Malarial fevers
Disease focus: Malaria
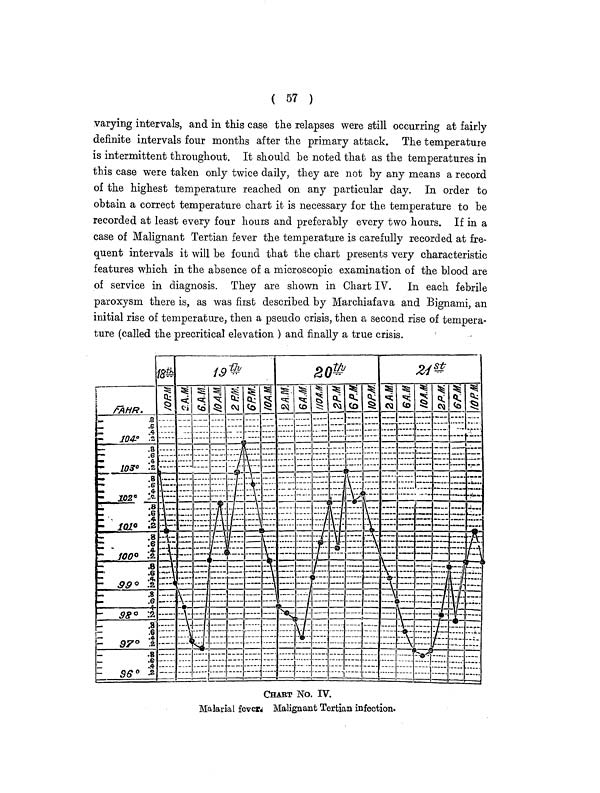
( 57 )
varying intervals, and in this case the relapses were still occurring at fairly
definite intervals four months after the primary attack. The temperature
is intermittent throughout. It should be noted that, as the temperatures in
this case were taken only twice daily, they are not by any means a record
of the highest temperature reached on any particular day. In order to
obtain a correct temperature chart it is necessary for the temperature to be
recorded at least every four hours and preferably every two hours. If in a
case of Malignant Tertian fever the temperature is carefully recorded at fre-
quent intervals it will be found that the chart presents very characteristic
features which in the absence of a microscopic examination of the blood are
of service in diagnosis. They are shown in Chart IV. In each febrile
paroxysm there is, as was first described by Marchiafava and Bignami, an
initial rise of temperature, then a pseudo crisis, then a second rise of tempera-
ture (called the precritical elevation ) and finally a true crisis.
CHART No. IV.
Malarial fever. Malignant Tertian infection.